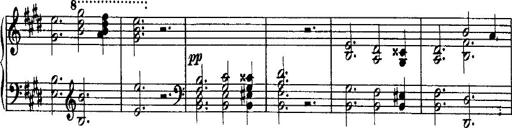
Title: Rondo di bravura
Composer: Franz Liszt